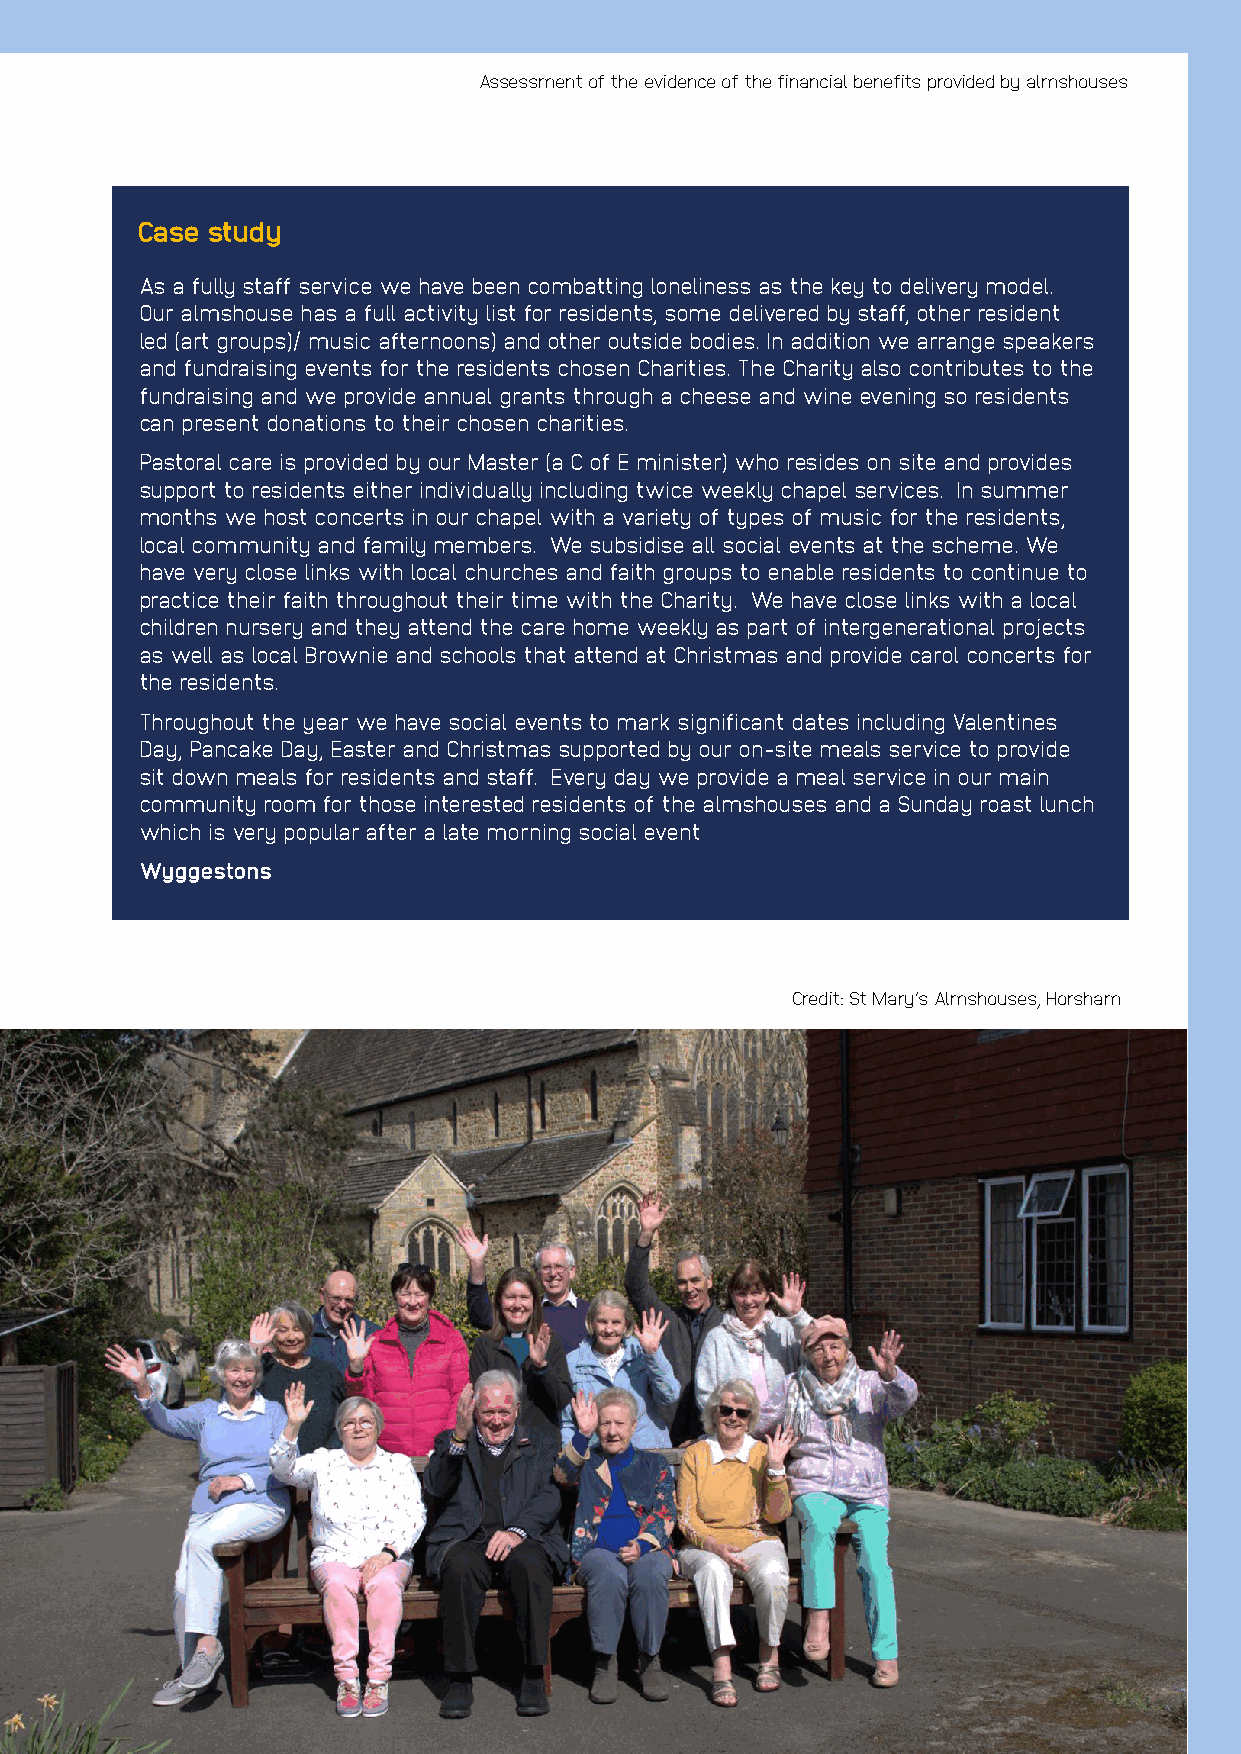
Assessment of the evidence of the financial benefits provided by almshouses
 Case study
 As a fully staff service we have been combatting loneliness as the key to delivery model.
 Our almshouse has a full activity list for residents, some delivered by staff, other resident
 led (art groups)/ music afternoons) and other outside bodies. In addition we arrange speakers
 and fundraising events for the residents chosen Charities. The Charity also contributes to the
 fundraising and we provide annual grants through a cheese and wine evening so residents
 can present donations to their chosen charities.
 Pastoral care is provided by our Master (a C of E minister) who resides on site and provides
 support to residents either individually including twice weekly chapel services. In summer
 months we host concerts in our chapel with a variety of types of music for the residents,
 local community and family members. We subsidise all social events at the scheme. We
 have very close links with local churches and faith groups to enable residents to continue to
 practice their faith throughout their time with the Charity. We have close links with a local
 children nursery and they attend the care home weekly as part of intergenerational projects
 as well as local Brownie and schools that attend at Christmas and provide carol concerts for
 the residents.
 Throughout the year we have social events to mark significant dates including Valentines
 Day, Pancake Day, Easter and Christmas supported by our on-site meals service to provide
 sit down meals for residents and staff. Every day we provide a meal service in our main
 community room for those interested residents of the almshouses and a Sunday roast lunch
 which is very popular after a late morning social event
 Wyggestons
 Credit: St Mary’s Almshouses, Horsham
 23